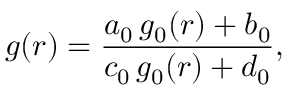
g ( r ) = { \frac { a _ { 0 } \, g _ { 0 } ( r ) + b _ { 0 } } { c _ { 0 } \, g _ { 0 } ( r ) + d _ { 0 } } } ,